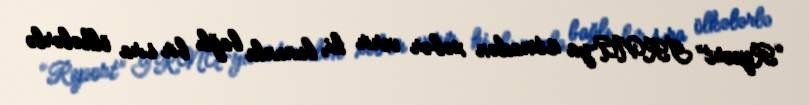
“Report” İRNA-ya istinadən xəbər verir ki, bununla bağlı bir sıra ölkələrlə